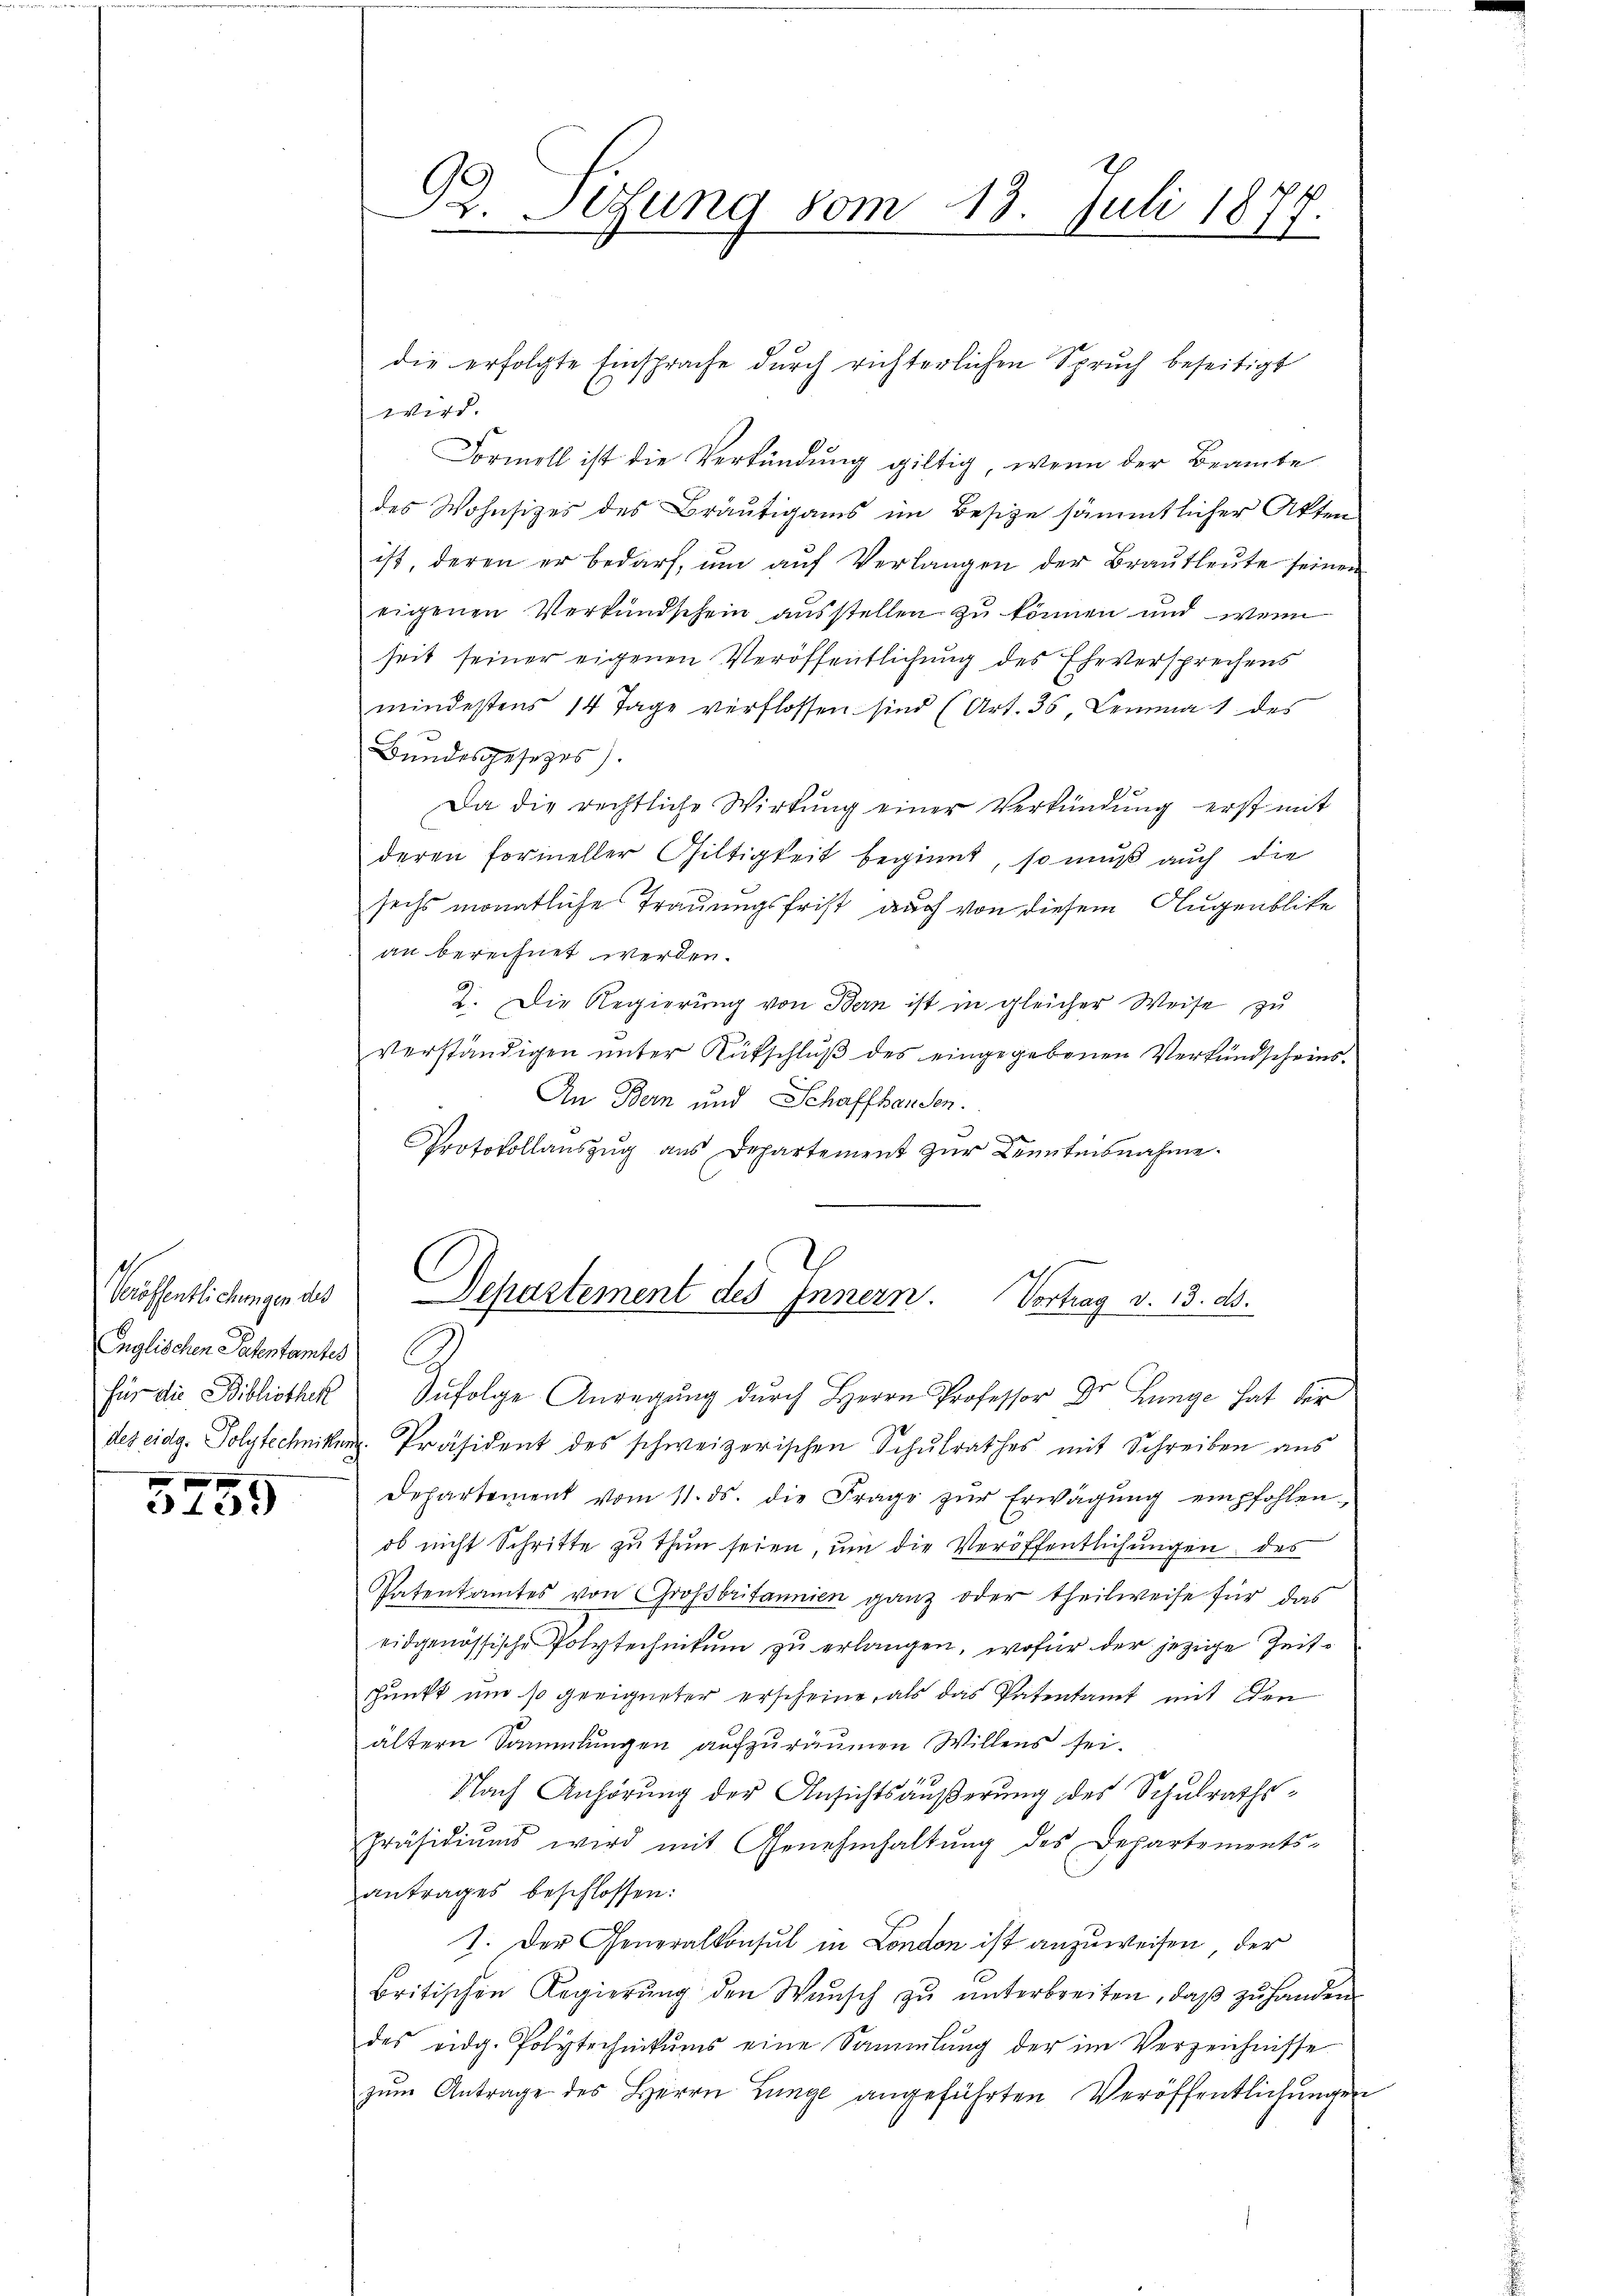
s
Englischen Petentamtes

310.

wird.
Formell ist die Verkündung giltig, wenn der Beamte
des Wohnsitzes des Bräutigams im Besize sämmtlicher Akten
ist, deren er bedarf, ŭm aŭf Verlangen der Braŭtleŭte seinen
eigenen Verbundschein ausstellen zu können und wenn
seit seiner eigenen Veröffentlichung des Eheversprechens
mindestens 14 Tage verflossen sind (Art. 35, Lemma 1 des
Bundesgesetzes).
Da die rechtliche Wirkung einer Verkündung erst mit
deren formeller Gültigkeit beginnt, so muß auch die
sechs monatliche Trauungsfrist auch von diesem Augenblike
an berechnet werden.
2. Die Regierung von Bern ist in gleicher Weise zu
verständigen unter Rückschluß des eingegebenen Verkundscheins¬
An Bern und Schaffhausen.
Protokollaŭszŭg aŭs Departement zŭr Kenntnisnahme.

92. Lesung vom 13. Juli 1877.

die erfolgte Einsprache durch richterlichen Spruch beseitigt

veröffentlichungen des Departement des Innern. Vortrag v. 13. ds.

für die Bibliothek Infolge Anregung durch Herrn Professor Dr Lunge hat der
des eidg. Polytechnikum Präsident des schweizerischen Schulrathes mit Schreiben aus
Departement vom 11. ds. die Frage zŭr Erwägŭng empfohlen-
ob nicht Schritte zu thun seien, um die Veröffentlichungen des
Patentamtes von Großbritannien ganz oder theilweise für das
eidgenössische Polytechnikum zu erlangen, wofür der jezige Zeitpunkt und so geeigneter erscheine, als das Patentamt mit den
ältern Sammlungen aufzuräumen Willens sei.
Nach Anhörung der Ansichtsäußerung des Schulrathspräsidiŭms wird mit Genehmhaltŭng des Departements-
antrages beschlossen:
1. Der Generalkonsul in London ist anzuweisen, der
britischen Regierŭng den Wasch zŭ ŭnterbreiten, daβ zŭ handen
des eidg. Polytechnikums eine Sammlung der im Verzeichnisse
zŭm Antrage des Herrn Lunge angeführten Veröffentlichungen